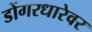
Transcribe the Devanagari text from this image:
डोंगरधारेवर